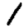
Digit: 1